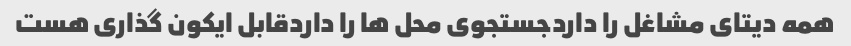
همه دیتای مشاغل را داردجستجوی محل ها را داردقابل ایکون گذاری هست